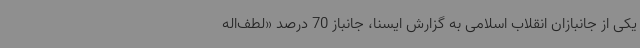
یکی از جانبازان انقلاب اسلامی به گزارش ایسنا، جانباز 70 درصد «لطف‌اله